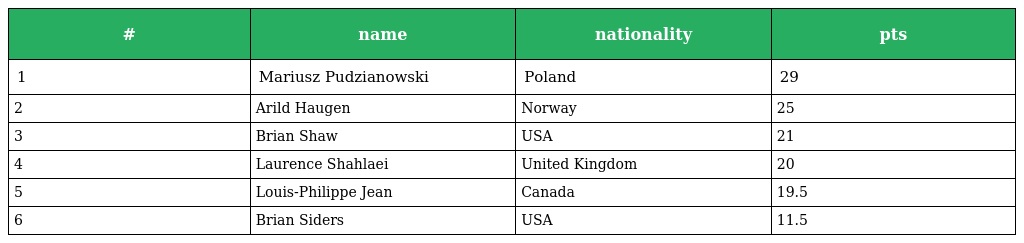
| # | name | nationality | pts |
 | --- | --- | --- | --- |
 | 1 | Mariusz Pudzianowski | Poland | 29 |
 | 2 | Arild Haugen | Norway | 25 |
 | 3 | Brian Shaw | USA | 21 |
 | 4 | Laurence Shahlaei | United Kingdom | 20 |
 | 5 | Louis-Philippe Jean | Canada | 19.5 |
 | 6 | Brian Siders | USA | 11.5 |